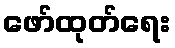
ဖော်ထုတ်ရေး